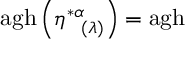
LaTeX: \mathrm { a g h } \left( \eta _ { \; \; \; ( \lambda ) } ^ { * \alpha } \right) = \mathrm { a g h }